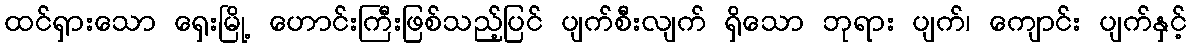
ထင်ရှားသော ရှေးမြို့ ဟောင်းကြီးဖြစ်သည့်ပြင် ပျက်စီးလျက် ရှိသော ဘုရား ပျက်၊ ကျောင်း ပျက်နှင့်